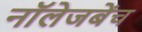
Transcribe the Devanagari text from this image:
नॉलेजबेंच